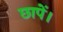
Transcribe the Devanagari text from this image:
छापें।